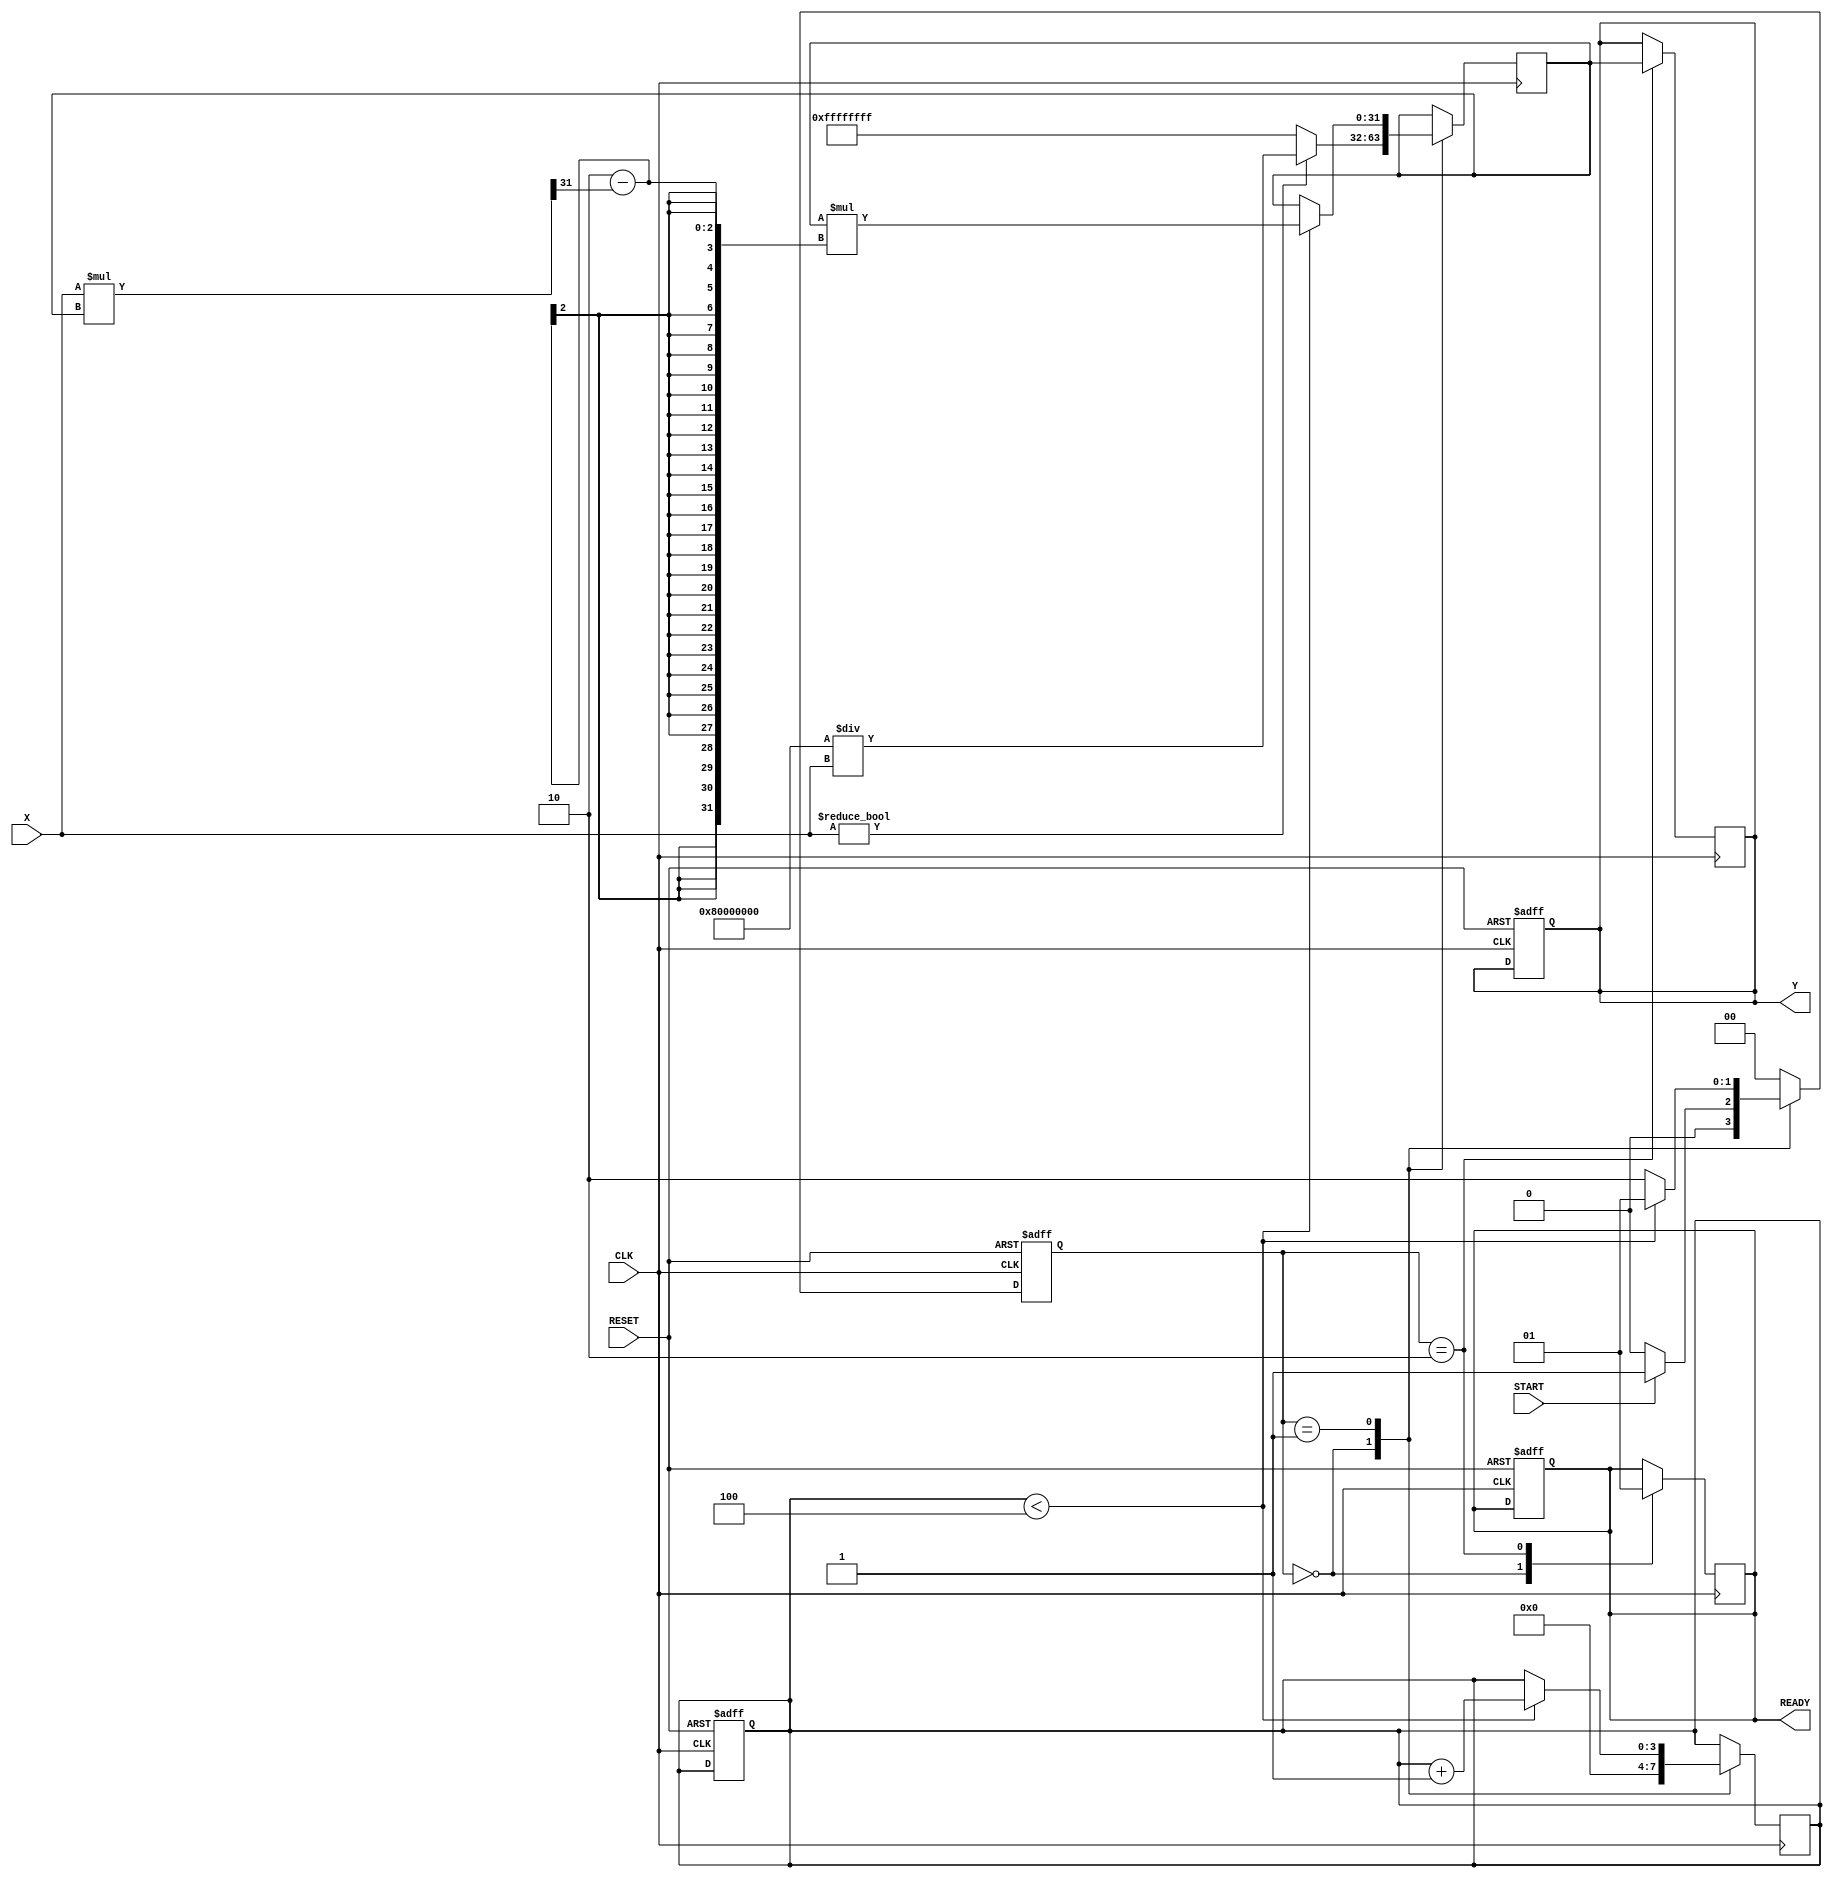
module newton_raphson_reciprocal #(
    parameter WIDTH = 32,          // Width of the input/output data
    parameter ITERATIONS = 4       // Number of iterations for Newton-Raphson
)(
    input  wire [WIDTH-1:0] X,    // Input data
    input  wire START,             // Start signal
    input  wire CLK,               // Clock signal
    input  wire RESET,             // Asynchronous reset
    output reg  [WIDTH-1:0] Y,     // Output data (reciprocal)
    output reg  READY              // Ready signal
);

    // State encoding
    localparam IDLE    = 2'b00;
    localparam COMPUTE = 2'b01;
    localparam DONE    = 2'b10;

    reg [1:0] state, next_state;
    reg [WIDTH-1:0] R;             // Current approximation of the reciprocal
    reg [3:0] count;               // Iteration counter

    // Initial approximation (can be adjusted based on input)
    wire [WIDTH-1:0] initial_R = (X != 0) ? (1 << (WIDTH-1)) / X : {WIDTH{1'b1}}; // 1/X approximation

    // FSM State Transition
    always @(posedge CLK or posedge RESET) begin
        if (RESET) begin
            state <= IDLE;
            count <= 0;
            Y <= 0;
            READY <= 0;
        end else begin
            state <= next_state;
        end
    end

    // Next State Logic
    always @(*) begin
        case (state)
            IDLE: begin
                if (START) begin
                    next_state = COMPUTE;
                end else begin
                    next_state = IDLE;
                end
            end
            COMPUTE: begin
                if (count < ITERATIONS) begin
                    next_state = COMPUTE;
                end else begin
                    next_state = DONE;
                end
            end
            DONE: begin
                next_state = IDLE;
            end
            default: next_state = IDLE;
        endcase
    end

    // Computation Logic
    always @(posedge CLK) begin
        case (state)
            IDLE: begin
                count <= 0;
                READY <= 0;
                R <= initial_R; // Initialize R
            end
            COMPUTE: begin
                if (count < ITERATIONS) begin
                    R <= R * (2 - (X * R >> (WIDTH - 1))); // Newton-Raphson update
                    count <= count + 1;
                end
            end
            DONE: begin
                Y <= R; // Capture final result
                READY <= 1; // Signal that output is ready
            end
        endcase
    end

endmodule